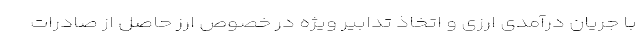
با جریان درآمدی ارزی و اتخاذ تدابیر ویژه در خصوص ارز حاصل از صادرات